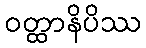
ဝတ္ထာနိပိဿ